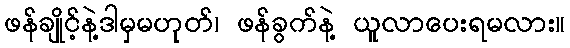
ဖန်ချိုင့်နဲ့ဒါမှမဟုတ်၊ ဖန်ခွက်နဲ့ ယူလာပေးရမလား။